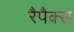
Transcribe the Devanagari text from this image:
रैपैक्स